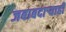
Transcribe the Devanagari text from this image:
जबाबदार्‍याही